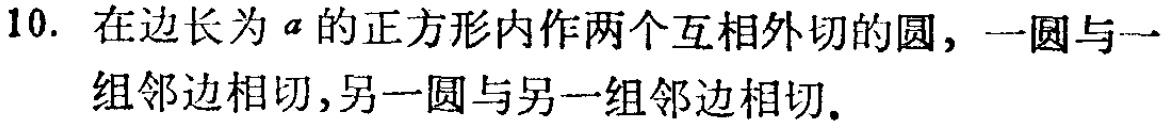
10. 在边长为\(a\)的正方形内作两个互相外切的圆，一圆与一组邻边相切，另一圆与另一组邻边相切.